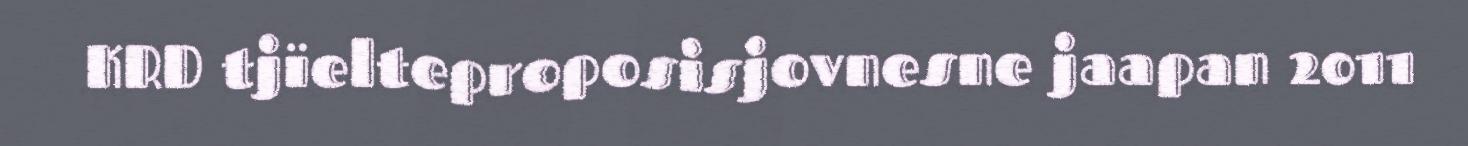
KRD tjïelteproposisjovnesne jaapan 2011